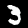
Digit: 3